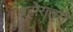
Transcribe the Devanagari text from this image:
अहोरात्रो